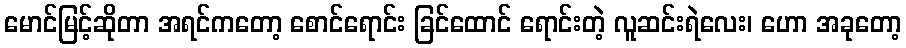
မောင်မြင့်ဆိုတာ အရင်ကတော့ စောင်ရောင်း ခြင်ထောင် ရောင်းတဲ့ လူဆင်းရဲလေး၊ ဟော အခုတော့